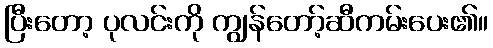
ပြီးတော့ ပုလင်းကို ကျွန်တော့်ဆီကမ်းပေး၏။